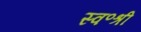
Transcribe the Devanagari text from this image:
स्व॰श्री